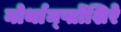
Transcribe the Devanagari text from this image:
नोर्थाम्प्तोंशिरे